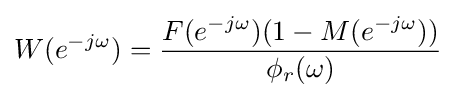
W(e^{-j\omega })={\frac {F(e^{-j\omega })(1-M(e^{-j\omega }))}{\phi _{r}(\omega )}}